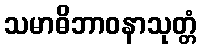
သမာဓိဘာဝနာသုတ္တံ